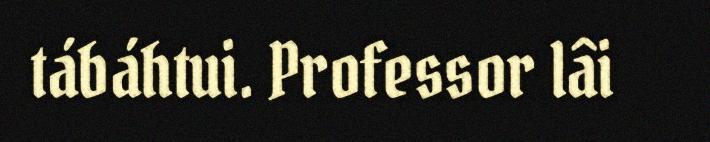
tábáhtui. Professor lâi